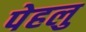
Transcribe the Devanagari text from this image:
पेहलु